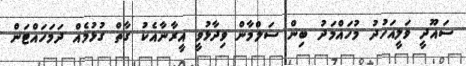
ސައޫދީ ވަލީއަހުދު މުހައްމަދު ބިން ސަލްމާން ވިދާޅުވީ އީރާނާއެކު ގާތް ގުޅުމެއް ދަމަހައްޓަން